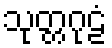
သုတ္တဂုဠံ